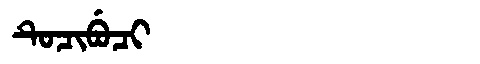
Manchu: ᡨᡠᠴᡳᠪᡠᠴᡳ
Romanization: TUCIBUCI